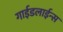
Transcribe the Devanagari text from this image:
गाईडलाईन्स